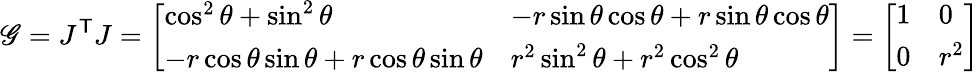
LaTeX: \mathscr{G}=J^{\mathsf{{T}}}J={\left[\begin{array}{ll}{\cos^{2}\theta+\sin^{2}\theta}&{-r\sin\theta\cos\theta+r\sin\theta\cos\theta}\\ {-r\cos\theta\sin\theta+r\cos\theta\sin\theta}&{r^{2}\sin^{2}\theta+r^{2}\cos^{2}\theta}\end{array}\right]}={\left[\begin{array}{ll}{1}&{0}\\ {0}&{r^{2}}\end{array}\right]}